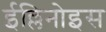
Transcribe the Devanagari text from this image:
ईल्लिनोइस